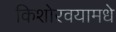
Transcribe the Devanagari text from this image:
किशोरवयामधे